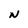
Character: N